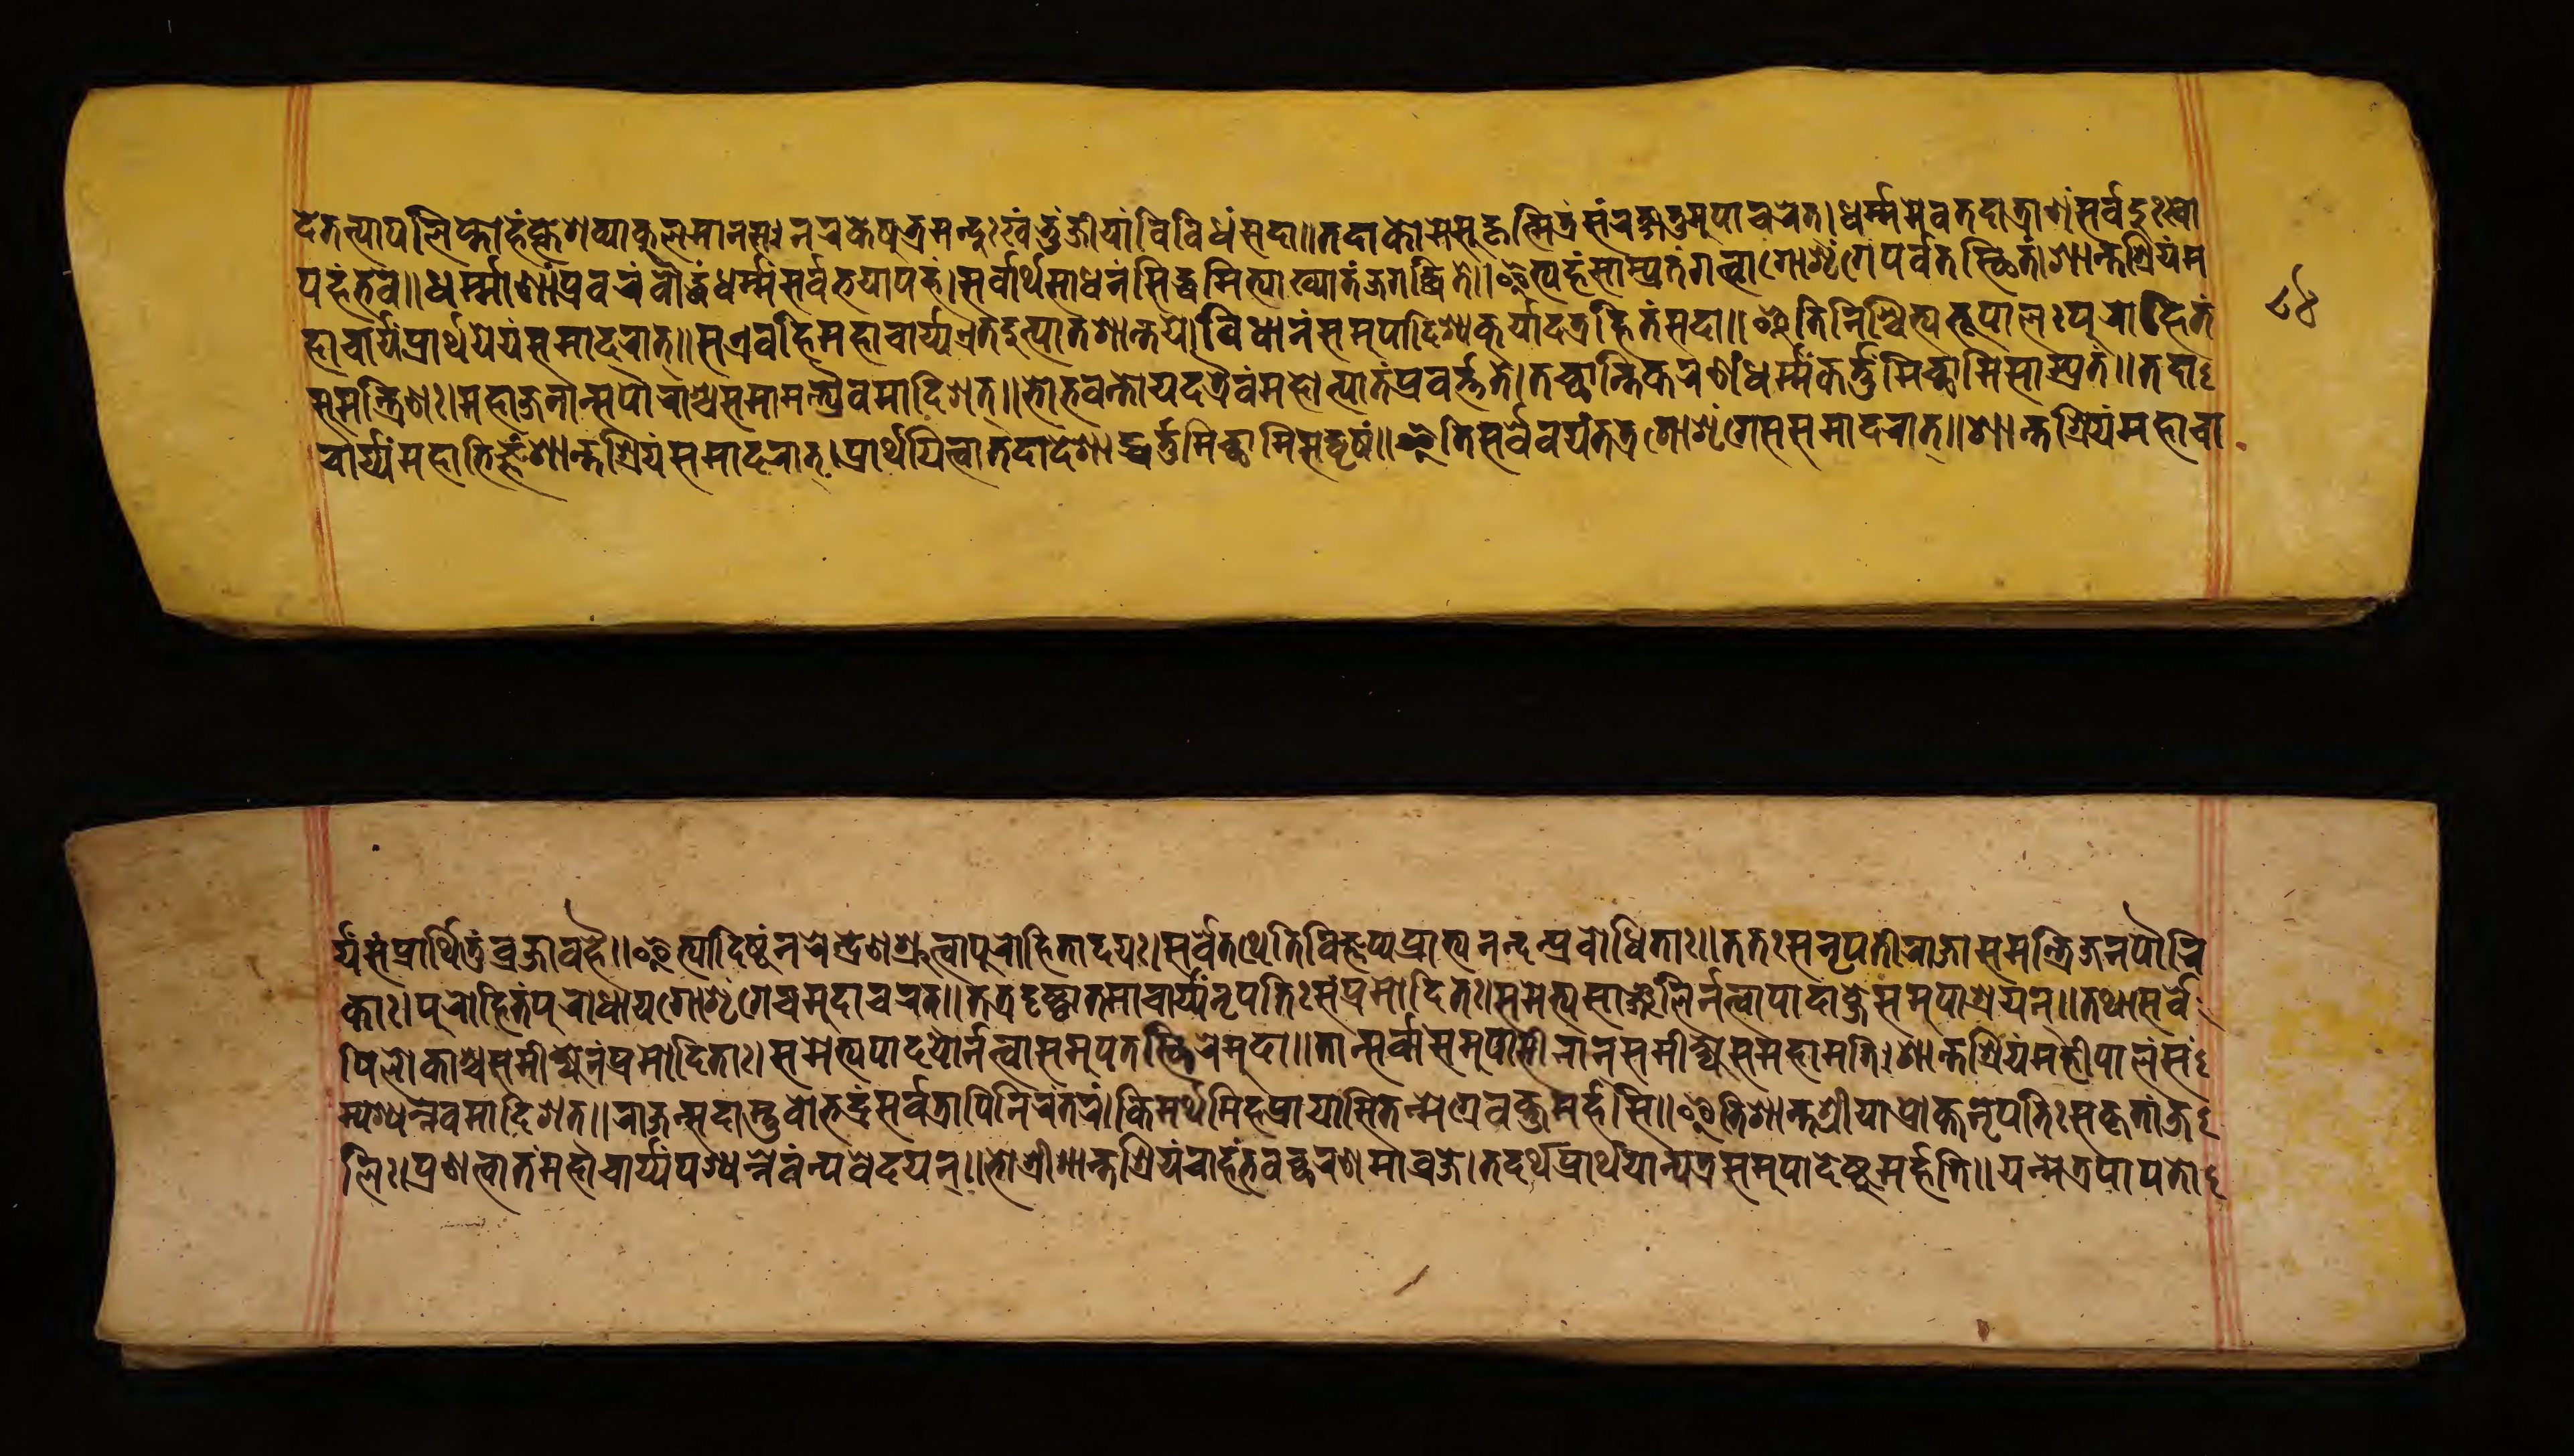
𑐡𑐾𑐟𑐟𑐥𑐵𑐥𑐮𑐶𑐥𑑂𑐟𑑀𑐴𑑄𑐎𑑂𑐮𑐾𑐱𑐰𑑂𑐫𑐵𑐎𑐸𑐮𑐩𑐵𑐣𑐳𑑅𑑋𑐣𑐬𑐎𑐾𑐲𑐸𑐨𑑂𑐬𑐩𑐣𑑂𑐡𑐸𑑅𑐏𑑄𑐨𑐸𑑄𑐖𑐷𑐫𑐵𑑄𑐰𑐶𑐰𑐶𑐢𑑄𑐳𑐡𑐵𑑌𑐟𑐡𑐵𑐎𑑀𑐩𑐾𑐳𑐸𑐴𑐺𑐟𑑂𑐩𑐶𑐟𑑂𑐬𑑄𑐳𑑄𑐬𑐎𑑂𑐲𑐶𑐟𑐸𑐩𑐸𑐥𑐵𑐔𑐬𑐟𑑂𑑋𑐢𑐬𑑂𑐩𑐩𑐾𑐰𑐟𑐡𑐵𑐟𑑂𑐬𑐵𑐞𑑄𑐳𑐬𑑂𑐰𑐡𑐸𑑅𑐏𑐵 𑐥𑐴𑑄𑐨𑐰𑐾𑑌𑐢𑐬𑑂𑐩𑐵𑐞𑐵𑑄𑐥𑑂𑐬𑐰𑐬𑑄𑐧𑑁𑐡𑑂𑐢𑑄𑐢𑐬𑑂𑐩𑑄𑐳𑐬𑑂𑐰𑐨𑐫𑐵𑐥𑐴𑑄𑑋𑐳𑐬𑑂𑐰𑐵𑐬𑑂𑐠𑐳𑐵𑐢𑐣𑑄𑐳𑐶𑐡𑑂𑐢𑐩𑐶𑐟𑑂𑐫𑐵𑐏𑑂𑐫𑐵𑐟𑑄𑐖𑐐𑐡𑑂𑐢𑐶𑐟𑑄𑑌𑐂𑐟𑑂𑐫𑐴𑑄𑐳𑐵𑐩𑑂𑐥𑑂𑐬𑐟𑑄𑐐𑐟𑑂𑐰𑐵𑐐𑑀𑐱𑐺𑐒𑑂𑐐𑐾𑐥𑐬𑑂𑐰𑐟𑐾𑐳𑑂𑐠𑐶𑐟𑑄𑑋𑐱𑐵𑐣𑑂𑐟𑐱𑑂𑐬𑐶𑐫𑑄𑐩 𑐴𑐵𑐔𑐵𑐬𑑂𑐫𑑄𑐥𑑂𑐬𑐵𑐬𑑂𑐠𑐫𑐾𑐫𑑄𑐳𑐩𑐵𑐡𑐬𑐵𑐟𑑂𑑌𑐳𑐊𑐰𑐴𑐶𑐩𑐴𑐵𑐔𑐵𑐬𑑂𑐫𑐊𑐟𑐡𑐸𑐟𑑂𑐥𑐵𑐟𑐱𑐵𑐣𑑂𑐟𑐫𑐾𑑋𑐰𑐶𑐢𑐵𑐣𑑄𑐳𑐩𑐸𑐥𑐵𑐡𑐶𑐱𑑂𑐫𑐎𑐸𑐬𑑂𑐫𑐵𑐣𑑂𑐩𑐾𑐟𑑂𑐬𑐴𑐶𑐟𑑄𑐳𑐡𑐵𑑌𑐂𑐟𑐶𑐣𑐶𑐱𑑂𑐔𑐶𑐟𑑂𑐫𑐨𑐹𑐥𑐵𑐮𑑅𑐥𑐸𑐬𑑀𑐴𑐶𑐟𑑄 𑐳𑐩𑐣𑑂𑐟𑑂𑐬𑐶𑐞𑑅𑑋𑐩𑐴𑐵𑐖𑐣𑐵𑐣𑐳𑐥𑑁𑐬𑐵𑑄𑐱𑑂𑐔𑐳𑐩𑐵𑐩𑐣𑑂𑐟𑑂𑐬𑐫𑐿𑐰𑐩𑐵𑐡𑐶𑐱𑐟𑑂𑑌𑐨𑑀𑐨𑐰𑐣𑑂𑐟𑑀𑐫𑐡𑐟𑑂𑐬𑐿𑐰𑑄𑐩𑐴𑑀𑐟𑑂𑐥𑐵𑐟𑑄𑐥𑑂𑐬𑐰𑐬𑑂𑐟𑑂𑐟𑐟𑐾𑑋𑐟𑐔𑑂𑐕𑐵𑐣𑑂𑐟𑐶𑐎𑐬𑐞𑑄𑐢𑐬𑑂𑐩𑑄𑐎𑐬𑑂𑐟𑑂𑐟𑐸𑐩𑐶𑐔𑑂𑐕𑐵𑐩𑐶𑐳𑐵𑑄𑐥𑑂𑐬𑐟𑑄𑑌𑐟𑐡𑐵 𑐔𑐵𑐬𑑂𑐫𑐩𑐴𑐵𑐨𑐶𑐖𑑂𑐘𑑄𑐱𑐵𑐣𑑂𑐟𑐶𑐱𑑂𑐬𑐶𑐫𑑄𑐳𑐩𑐵𑐡𑐬𑐵𑐟𑑂𑑋𑐥𑑂𑐬𑐵𑐬𑑂𑐠𑐫𑐶𑐟𑑂𑐰𑐵𑐟𑐡𑐵𑐡𑐾𑐱𑐵𑐡𑑂𑐢𑐬𑑂𑐟𑑂𑐟𑐸𑐩𑐶𑐔𑑂𑐕𑐵𑐩𑐶𑐳𑐡𑐺𑐱𑑄𑑌𑐂𑐟𑐶𑐳𑐬𑑂𑐰𑐾𑐰𑐫𑑄𑐟𑐟𑑂𑐬𑐐𑑀𑐱𑐺𑐒𑑂𑐐𑐾𑐐𑑂𑐬𑐾𑐳𑐩𑐵𑐡𑐬𑐵𑐟𑑂𑑋𑐱𑐵𑐣𑑂𑐟𑐱𑑂𑐬𑐶𑐫𑑄𑐩𑐴𑐵𑐔𑐵 𑐬𑑂𑐫𑐳𑑄𑐥𑑂𑐬𑐵𑐬𑑂𑐠𑐶𑐟𑐸𑑄𑐰𑐖𑑂𑐬𑐵𑐰𑐴𑐿𑑌𑐂𑐟𑑂𑐫𑐵𑐡𑐶𑐲𑑂𑐚𑑄𑐣𑐬𑐾𑐣𑑂𑐡𑑂𑐬𑐞𑐱𑑂𑐬𑐸𑐟𑑂𑐰𑐵𑐥𑐸𑐬𑑀𑐴𑐶𑐟𑐵𑐡𑐫𑑅𑑋𑐳𑐬𑑂𑐰𑐾𑐟𑐠𑐾𑐟𑐶𑐰𑐶𑐖𑑂𑐘𑐥𑑂𑐫𑐥𑑂𑐬𑐵𑐨𑑂𑐫𑐣𑐣𑑂𑐡𑐣𑑂𑐥𑑂𑐬𑐧𑑀𑐢𑐶𑐟𑐵𑑅𑑌𑐟𑐟𑑅𑐳𑐣𑐺𑐥𑐟𑐷𑐬𑐵𑐖𑐵𑐳𑐩𑐣𑑂𑐟𑑂𑐬𑐶𑐖𑐣𑐥𑑁𑐬𑐶 𑐎𑐵𑑅𑑋𑐥𑐸𑐬𑑀𑐴𑐶𑐟𑑄𑐥𑐸𑐬𑑀𑐢𑐵𑐫𑐐𑑀𑐱𑐺𑐒𑑂𑐐𑐾𑐐𑑂𑐬𑐾𑐩𑐸𑐡𑐵𑐔𑐬𑐟𑑂𑑌𑐟𑐟𑑂𑐬𑐡𑐺𑐲𑑂𑐚𑑂𑐰𑐵𑐟𑐩𑐵𑐔𑐵𑐬𑑂𑐫𑐣𑐺𑐥𑐟𑐶𑑅𑐳𑑄𑐥𑑂𑐬𑐩𑑀𑐡𑐶𑐟𑑅𑑋𑐳𑐩𑐾𑐟𑑂𑐫𑐳𑐵𑐘𑑂𑐖𑐮𑐶𑐬𑑂𑐣𑐟𑑂𑐰𑐵𑐥𑐵𑐡𑐵𑐧𑑂𑐖𑐾𑐳𑐩𑐸𑐥𑐵𑐱𑑂𑐬𑐫𑐟𑑂𑑌𑐟𑐠𑐵𑐳𑐬𑑂𑐰𑐾 𑐥𑐶𑐮𑑀𑐎𑐵𑐱𑑂𑐔𑐳𑐩𑐷𑐎𑑂𑐲𑑂𑐫𑐾𑐣𑑄𑐥𑑂𑐬𑐳𑐵𑐡𑐶𑐟𑐵𑑅𑑋𑐳𑐩𑐾𑐟𑑂𑐫𑐥𑐵𑐡𑐫𑑀𑐬𑑂𑐣𑐟𑑂𑐰𑐵𑐳𑐩𑐸𑐥𑐟𑐳𑑂𑐠𑐶𑐬𑐾𑐩𑐸𑐡𑐵𑑌𑐟𑐵𑐣𑑂𑐳𑐬𑑂𑐰𑐵𑐣𑑂𑐳𑐩𑐸𑐥𑐵𑐳𑐷𑐣𑐵𑐣𑑂𑐳𑐩𑐷𑐎𑑂𑐲𑑂𑐫𑐳𑐩𑐴𑐵𑐩𑐟𑐶𑑅𑑋𑐱𑐵𑐣𑑂𑐟𑐱𑑂𑐬𑐷𑐳𑑂𑐟𑑄𑐩𑐴𑐷𑐥𑐵𑐮𑑄𑐳 𑐩𑑂𑐥𑐱𑑂𑐫𑐣𑑂𑐣𑐾𑐰𑐩𑐵𑐡𑐶𑐱𑐟𑑂𑑌𑐬𑐵𑐖𑐣𑑂𑐳𑐡𑐵𑐳𑑂𑐟𑐸𑐰𑑀𑐨𑐡𑑂𑐬𑑄𑐳𑐬𑑂𑐰𑐟𑑂𑐬𑐵𑐥𑐶𑐣𑐶𑐬𑐣𑑂𑐟𑐬𑑄𑑋𑐎𑐶𑐩𑐬𑑂𑐠𑐩𑐶𑐴𑐥𑑂𑐬𑐵𑐫𑐵𑐳𑐶𑐟𑐟𑑂𑐩𑐾𑐐𑑂𑐬𑐾𑐰𑐎𑑂𑐟𑐸𑑄𑐩𑐬𑑂𑐴𑐳𑐶𑑌𑐂𑐟𑐶𑐱𑐵𑐣𑑂𑐟𑐱𑑂𑐬𑐶𑐫𑐵𑐥𑑂𑐬𑑀𑐎𑑂𑐟𑐾𑐣𑐺𑐥𑐟𑐶𑑅𑐳𑐎𑐺𑐟𑐵𑐘𑑂𑐖 𑐮𑐶𑑅𑑋𑐥𑑂𑐬𑐞𑐟𑑂𑐰𑐵𑐟𑑄𑐩𑐴𑐵𑐔𑐵𑐬𑑂𑐫𑐥𑐱𑑂𑐫𑐣𑑂𑐣𑐾𑐰𑑄𑐣𑑂𑐫𑐰𑐾𑐡𑐫𑐾𑐟𑑂𑑌𑐨𑑀𑐱𑑂𑐬𑐷𑐱𑐵𑐳𑑂𑐟𑐫𑐡𑐬𑑂𑐠𑐾𑐴𑑄𑐨𑐰𑐔𑑂𑐕𑐬𑐞𑐩𑐵𑐰𑑂𑐬𑐖𑐾𑑋𑐟𑐡𑐬𑑂𑐠𑐥𑑂𑐬𑐵𑐬𑑂𑐠𑐫𑐵𑐩𑑂𑐫𑐟𑑂𑐬𑐩𑐾𑐳𑐩𑐸𑐥𑐵𑐡𑐾𑐲𑑂𑐚𑐸𑐩𑐬𑑂𑐴𑐟𑐶𑑌𑐫𑐟𑑂𑐩𑐾𑐟𑑂𑐬𑐥𑐵𑐥𑐟𑑀 𑑘𑑔